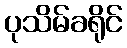
ပုသိမ်ခရိုင်